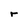
Character: r